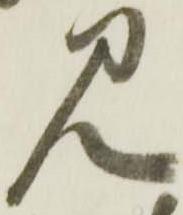
見